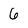
Character: 6